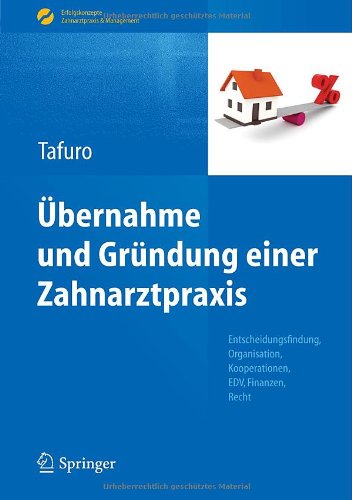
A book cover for ÃEbernahme und GrÃ¼ndung einer Zahnarztpraxis: Entscheidungsfindung, Organisation, Kooperationen, EDV, Finanzen, Recht (Erfolgskonzepte Zahnarztpraxis & Management) (German Edition); Francesco Tafuro; Medical Books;